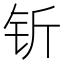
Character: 𬬱